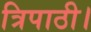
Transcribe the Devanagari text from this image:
त्रिपाठी।